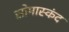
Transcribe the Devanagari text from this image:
सोमास्कंद